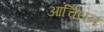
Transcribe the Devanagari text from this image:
आर्चियन